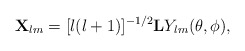
\begin{align*}{\bf X}_{lm}=[l(l+1)]^{-1/2}{\bf L}Y_{lm}(\theta,\phi),\end{align*}